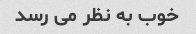
خوب به نظر می رسد